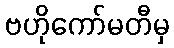
ဗဟိုကော်မတီမှ